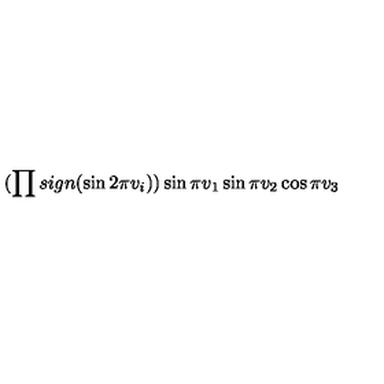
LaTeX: ( \prod s i g n ( \sin 2 \pi v _ { i } ) ) \sin \pi v _ { 1 } \sin \pi v _ { 2 } \cos \pi v _ { 3 }